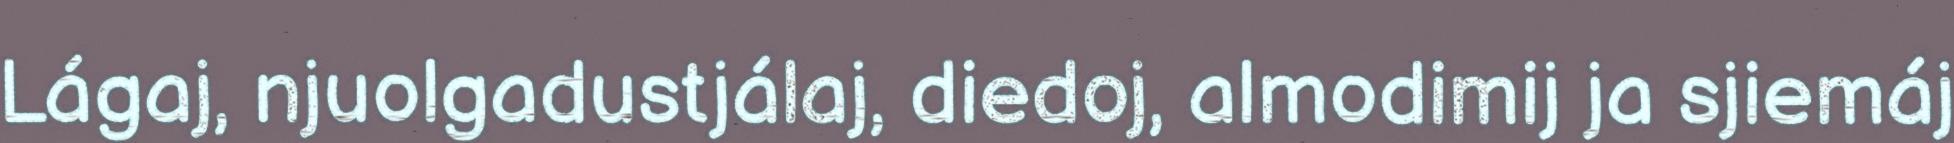
Lágaj, njuolgadustjálaj, diedoj, almodimij ja sjiemáj